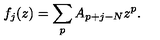
f _ { j } ( z ) = \sum _ { p } A _ { p + j - N } z ^ { p } .